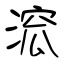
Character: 溛